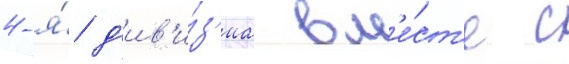
4-я́ д'ив'и́з'иа вм'е́ст'е с